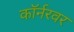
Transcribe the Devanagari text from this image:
काॅर्नरवर